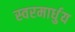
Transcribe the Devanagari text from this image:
स्‍वरमार्धुय